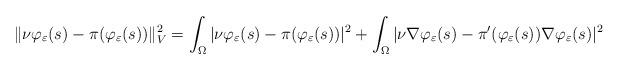
LaTeX: \begin{align*} \| \nu \varphi_{\varepsilon} (s) - \pi(\varphi_{\varepsilon}(s)) \|^2_V = \int_{\Omega} | \nu \varphi_{\varepsilon} (s) - \pi(\varphi_{\varepsilon}(s)) |^2 + \int_{\Omega} | \nu \nabla \varphi_{\varepsilon} (s) - \pi'(\varphi_{\varepsilon}(s)) \nabla \varphi_{\varepsilon}(s) |^2\end{align*}